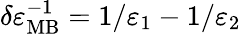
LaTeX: \delta\varepsilon_{\mathrm{MB}}^{-1}=1/\varepsilon_{1}-1/\varepsilon_{2}